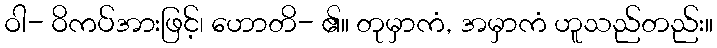
ဝါ- ဝိကပ်အားဖြင့်၊ ဟောတိ- ၏။ တုမှာကံ, အမှာကံ ဟူသည်တည်း။